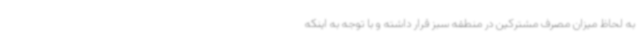
به لحاظ میزان مصرف مشترکین در منطقه سبز قرار داشته و با توجه به اینکه